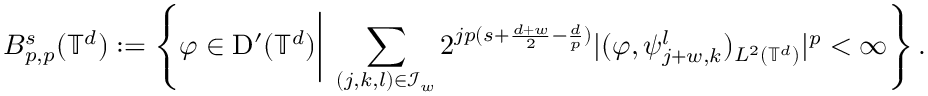
B _ { p , p } ^ { s } ( \mathbb { T } ^ { d } ) : = \left\{ \varphi \in \mathrm D ^ { \prime } ( \mathbb { T } ^ { d } ) \bigg | \; \sum _ { ( j , k , l ) \in \mathcal { I } _ { w } } 2 ^ { j p ( s + \frac { d + w } { 2 } - \frac { d } { p } ) } | ( \varphi , \psi _ { j + w , k } ^ { l } ) _ { L ^ { 2 } ( \mathbb { T } ^ { d } ) } | ^ { p } < \infty \right\} .